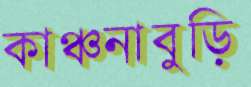
কাঞ্চনাবুড়ি